Medical and sanitary report of the native army of Madras for the year
Year: 1876
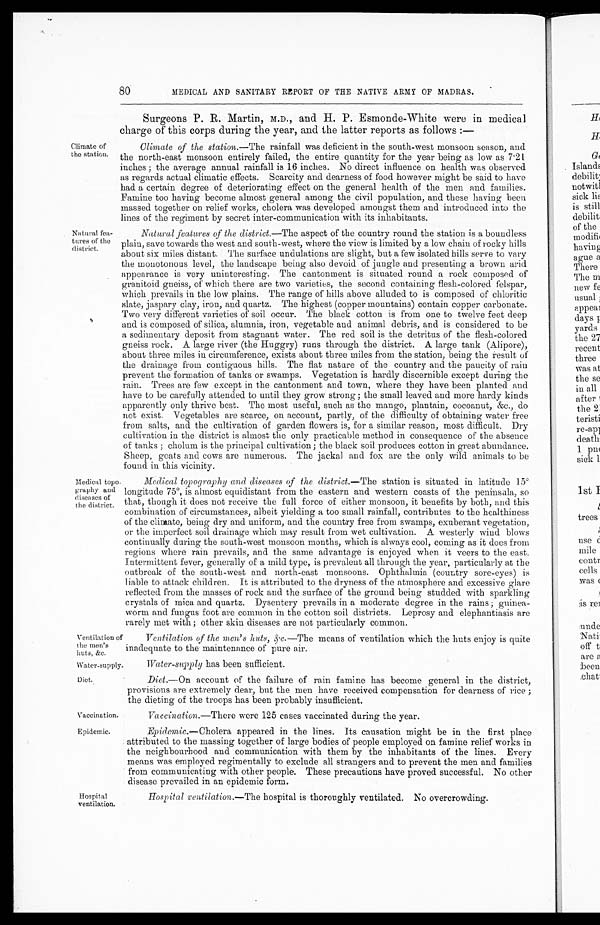
Vaccination.
Epidemic.
80
MEDICAL AND SANITARY REPORT OF THE NATIVE ARMY OF MADRAS.
Climate of
the station.
Natural fea
- t u r e s o f t h e
district.
Surgeons P. R. Martin, M.D., and H. P. Esmonde-White were in medical
charge of this corps during the year, and the latter reports as follows :—
Climate of the station .—The rainfall was deficient in the south-west monsoon season, and
the north-east monsoon entirely failed, the entire quantity for the year being as low as 7.21
inches ; the average annual rainfall is 16 inches. No direct influence on health was observed
as regards actual climatic effects. Scarcity and dearness of food however might be said to have
had a certain degree of deteriorating effect on the general health of the men and families.
Famine too having become almost general among the civil population, and these having been
massed together on relief works, cholera was developed amongst them and introduced into the
lines of the regiment by secret inter-communication with its inhabitants.
Natural features of the district .—The aspect of the country round the station is a boundless
plain, save towards the west and south-west, where the view is limited by a low chain of rocky hills
about six miles distant. The surface undulations are slight, but a few isolated hills serve to vary
the monotonous level, the landscape being also devoid of jungle and presenting a brown arid
appearance is very uninteresting. The cantonment is situated round a rock composed of
granitoid gneiss, of which there are two varieties, the second containing flesh-colored felspar,
which prevails in the low plains. The range of hills above alluded to is composed of chloritic
slate, jaspary clay, iron, and quartz. The highest (copper mountains) contain copper carbonate.
Two very different varieties of soil occur. The black cotton is from one to twelve feet deep
and is composed of silica, alumnia, iron, vegetable and animal debris, and is considered to be
a sedimentary deposit from stagnant water. The red soil is the detritus of the flesh-colored
gneiss rock. A large river (the Huggry) runs through the district. A large tank (Alipore),
about three miles in circumference, exists about three miles from the station, being the result of
the drainage from contiguous hills. The flat nature of the country and the paucity of rain
prevent the formation of tanks or swamps. Vegetation is hardly discernible except during the
rain. Trees are few except in the cantonment and town, where they have been planted and
have to be carefully attended to until they grow strong; the small leaved and more hardy kinds
apparently only thrive best. The most useful, such as the mango, plantain, cocoanut, &c., do
not exist. Vegetables are scarce, on account, partly, of the difficulty of obtaining water free
from salts, and the cultivation of garden flowers is, for a similar reason, most difficult. Dry
cultivation in the district is almost the only practicable method in consequence of the absence
of tanks ; cholum is the principal cultivation ; the black soil produces cotton in great abundance.
Sheep, goats and cows are numerous. The jackal and fox are the only wild animals to be
found in this vicinity.
Medical topo-
graphy and
diseases of
the district.
Medical topography and diseases of the district .—The station is situated in latitude 15°l
ongitude 75°, is almost equidistant from the eastern and western coasts of the peninsula, so
that, though it does not receive the full force of either monsoon, it benefits by both, and this
combination of circumstances, albeit yielding a too small rainfall, contributes to the healthiness
of the climate, being dry and uniform, and the country free from swamps, exuberant vegetation,
or the imperfect soil drainage which may result from wet cultivation. A westerly wind blows
continually during the south-west monsoon months, which is always cool, coming as it does from
regions where rain prevails, and the same advantage is enjoyed when it veers to the east.
Intermittent fever, generally of a mild type, is prevalent all through the year, particularly at the
outbreak of the south-west and north-east monsoons. Ophthalmia (country sore-eyes) is
liable to attack children. It is attributed to the dryness of the atmosphere and excessive glare
reflected from the masses of rock and the surface of the ground being studded with sparkling
crystals of mica and quartz. Dysentery prevails in a moderate degree in the rains ; guinea
-worm and fungus foot are common in the cotton soil districts. Leprosy and elephantiasis are
rarely met with ; other skin diseases are not particularly common.
Ventilation of
the men's
huts, &c.
Ventilation of the men's huts, &c .—The means of ventilation which the huts enjoy is quite
inadequate to the maintenance of pure air.
Water-supply.
Water-supply has been sufficient.
Diet.
Diet .—On account of the failure of rain famine has become general in the district,
provisions are extremely dear, but the men have received compensation for dearness of rice ;
the dieting of the troops has been probably insufficient.
Hospital
ventilation.
Vaccination .—There were 125 cases vaccinated during the year.
Epidemic .—Cholera appeared in the lines. Its causation might be in the first place
attributed to the massing together of large bodies of people employed on famine relief works in
the neighbourhood and communication with them by the inhabitants of the lines. Every
means was employed regimentally to exclude all strangers and to prevent the men and families
from communicating with other people. These precautions have proved successful. No other
disease prevailed in an epidemic form.
Hospital ventilation .—The hospital is thoroughly ventilated. No overcrowding.